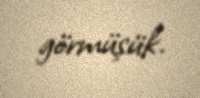
görmüşük.